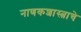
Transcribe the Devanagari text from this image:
नाणकशास्त्राचे